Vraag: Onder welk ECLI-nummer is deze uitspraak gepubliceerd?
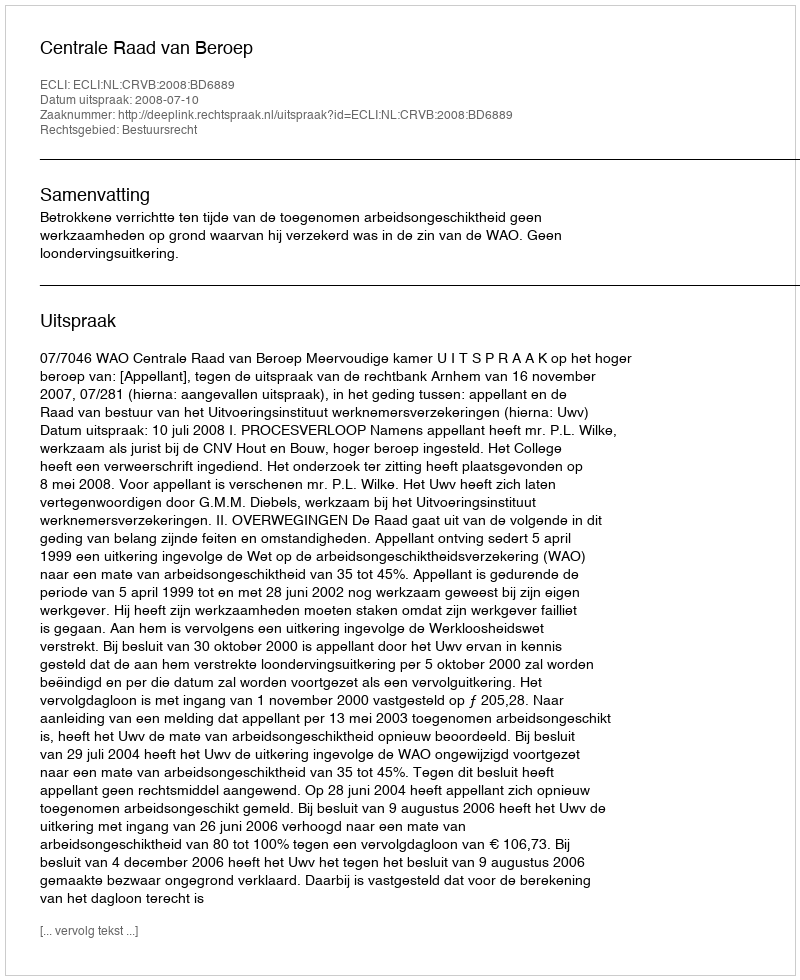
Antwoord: ECLI:NL:CRVB:2008:BD6889